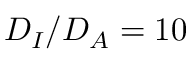
D _ { I } / D _ { A } = 1 0